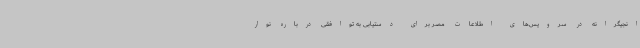
انجیگرانه در سرویس‌های اطلاعات مصر برای دستیابی به توافقی درباره نوار